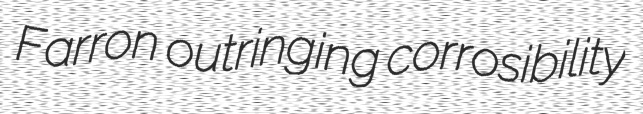
Farron outringing corrosibility